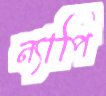
ন্যাপি